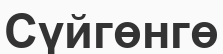
Сүйгөнгө